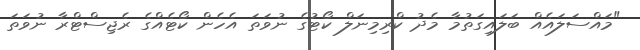
"މައްސަލައެއް ބަލައިގަތުމާ މެދު ކްރިމިނަލް ކޯޓުގެ ނުވަތަ އެހެން ކޯޓެއްގެ ރެޖިސްޓްރާ ނުވަތަ